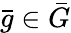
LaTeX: {\bar{g}}\in{\bar{G}}